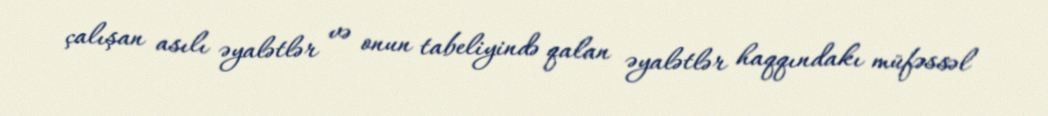
çalışan asılı əyalətlər və onun tabeliyində qalan əyalətlər haqqındakı müfəssəl